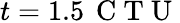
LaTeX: {t=1.5\, \mathrm{~C~T~U~}}